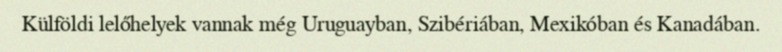
Külföldi lelőhelyek vannak még Uruguayban, Szibériában, Mexikóban és Kanadában.